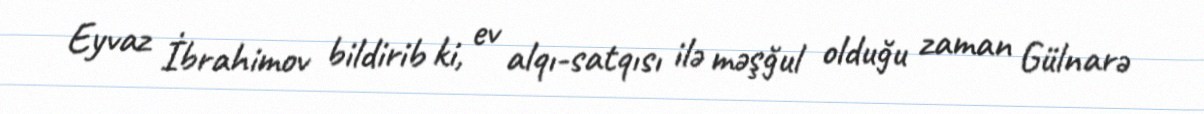
Eyvaz İbrahimov bildirib ki, ev alqı-satqısı ilə məşğul olduğu zaman Gülnarə